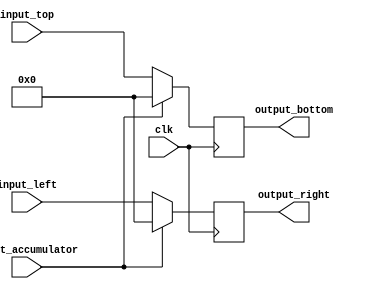
`timescale 1ns / 1ps
module pe #(
     parameter   DATA_WIDTH  = 32
     )
        (   input reset_accumulator,
            input clk,
            input [DATA_WIDTH-1:0] input_top,
            input [DATA_WIDTH-1:0] input_left,
            output [DATA_WIDTH-1:0] output_bottom,
            output [DATA_WIDTH-1:0] output_right
        );
   
    reg [DATA_WIDTH-1:0] output_bottom_reg=0;
    reg [DATA_WIDTH-1:0] output_right_reg=0;
    reg [DATA_WIDTH-1:0] accumulator=0;
//    wire [DATA_WIDTH-1:0] accumulatorx = 
    //wire [DATA_WIDTH-1:0] output_accumulator;

    assign output_right=output_right_reg;
    assign output_bottom=output_bottom_reg;
    
//    always @(posedge clk) begin
//        if(reset_accumulator==1)
//            begin
//                accumulator <= 0;
//            end
//        else  
//            begin
////                $display("what is this %d %d %d",$time,input_top,input_left);
//                accumulator <= accumulator + (input_top*input_left); //accumulator + (input_top*input_left);
//            end
//    end

    always @(posedge clk) begin
        if(reset_accumulator)
        begin
            output_bottom_reg <= 0;
            output_right_reg  <= 0;
        end
        else
        begin
            output_bottom_reg <= input_top;
            output_right_reg  <= input_left;
        end
    end
endmodule